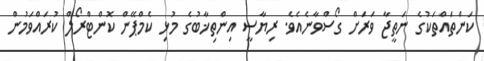
ކަންތައްތަކުގެ ނަތީޖާ ވަރަށް ގޯސްވާނެއެވެ. ރިޔާސީ އިންތިޚާބުގެ މުޅި ކެމްޕޭން ކޮންޓްރޯލް ކުރައްވަމުން